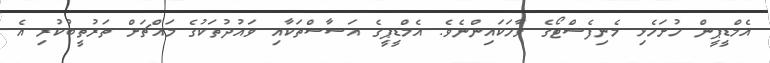
އެމްޑީޕީން ހުށަހެޅި މެނިފެސްޓޯގެ ވާހަކައިންނެވެ. އެމްޑީޕީގެ އަސާސްތަކާއި ވައުދުތަކުގެ މައްޗަށް ތަރުތީބުކުރި އެ